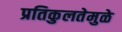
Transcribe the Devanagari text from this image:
प्रतिकुलतेमुळे